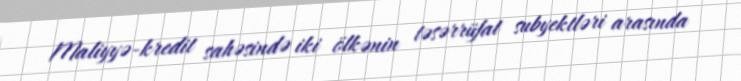
Maliyyə-kredit sahəsində iki ölkənin təsərrüfat subyektləri arasında